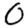
Digit: 0